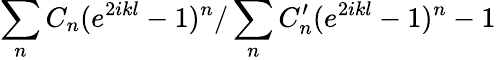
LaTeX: \sum_{n}C_{n}(e^{2ikl}-1)^{n}/\sum_{n}C_{n}^{\prime}(e^{2ikl}-1)^{n}-1